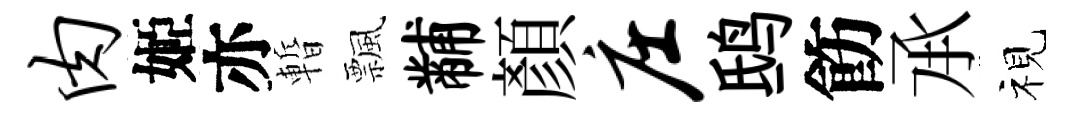
肉姬亦暫飄黼顏庄鸱飭𠄘视